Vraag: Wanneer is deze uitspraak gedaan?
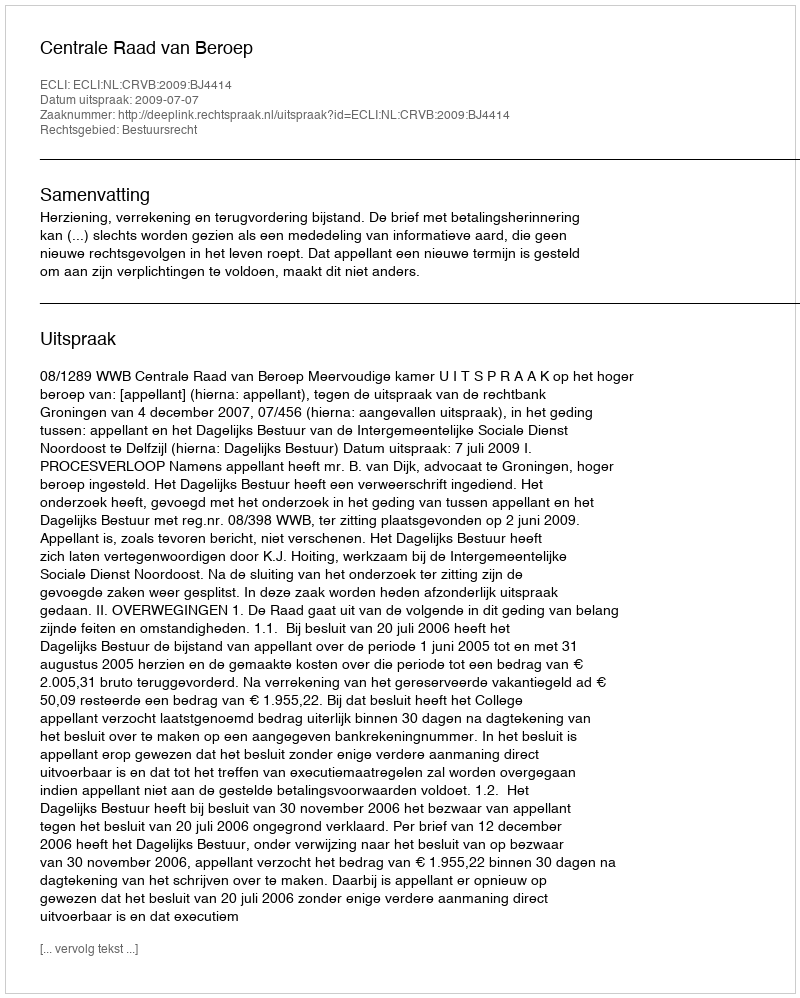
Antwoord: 2009-07-07